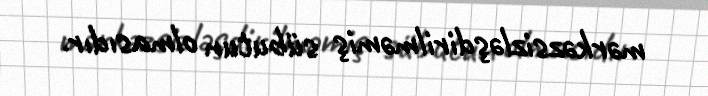
mərkəzsizləşdirilməmiş sübutun olmasıdır.